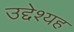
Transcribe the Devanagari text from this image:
उद्देश्यह